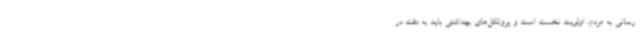
رسانی به مردم، اولویت نخست است و پروتکل‌های بهداشتی باید به دقت در